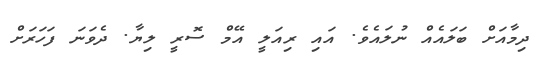
ދިމާއަށް ބަލައެއް ނުލައެވެ. އައި ރިއަލީ އޭމް ސޮރީ ލިޔާ. ދެވަނަ ފަހަރަށް